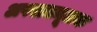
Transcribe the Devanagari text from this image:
अपराधमूलक